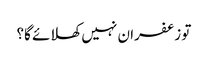
تو زعفران نہیں کھلائے گا؟